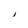
Character: i